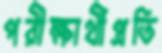
পরীক্ষার্থীপ্রতি